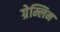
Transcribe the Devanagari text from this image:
ग्रेम्लिन